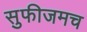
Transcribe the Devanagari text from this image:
सुफीजमच